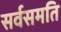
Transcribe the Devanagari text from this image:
सर्वसमति